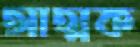
আত্মক